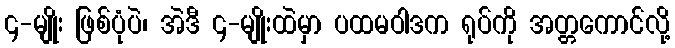
၄-မျိုး ဖြစ်ပုံပဲ၊ အဲဒီ ၄-မျိုးထဲမှာ ပထမဝါဒက ရုပ်ကို အတ္တကောင်လို့